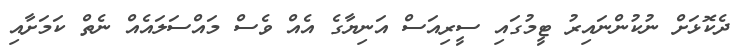
ދެކޮޅަށް ނުކުންނައިރު ޓީމުގައި ސީރިއަސް އަނިޔާގެ އެއް ވެސް މައްސަލައެއް ނެތް ކަމަށާއި